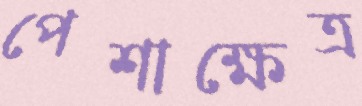
পেশাক্ষেত্র